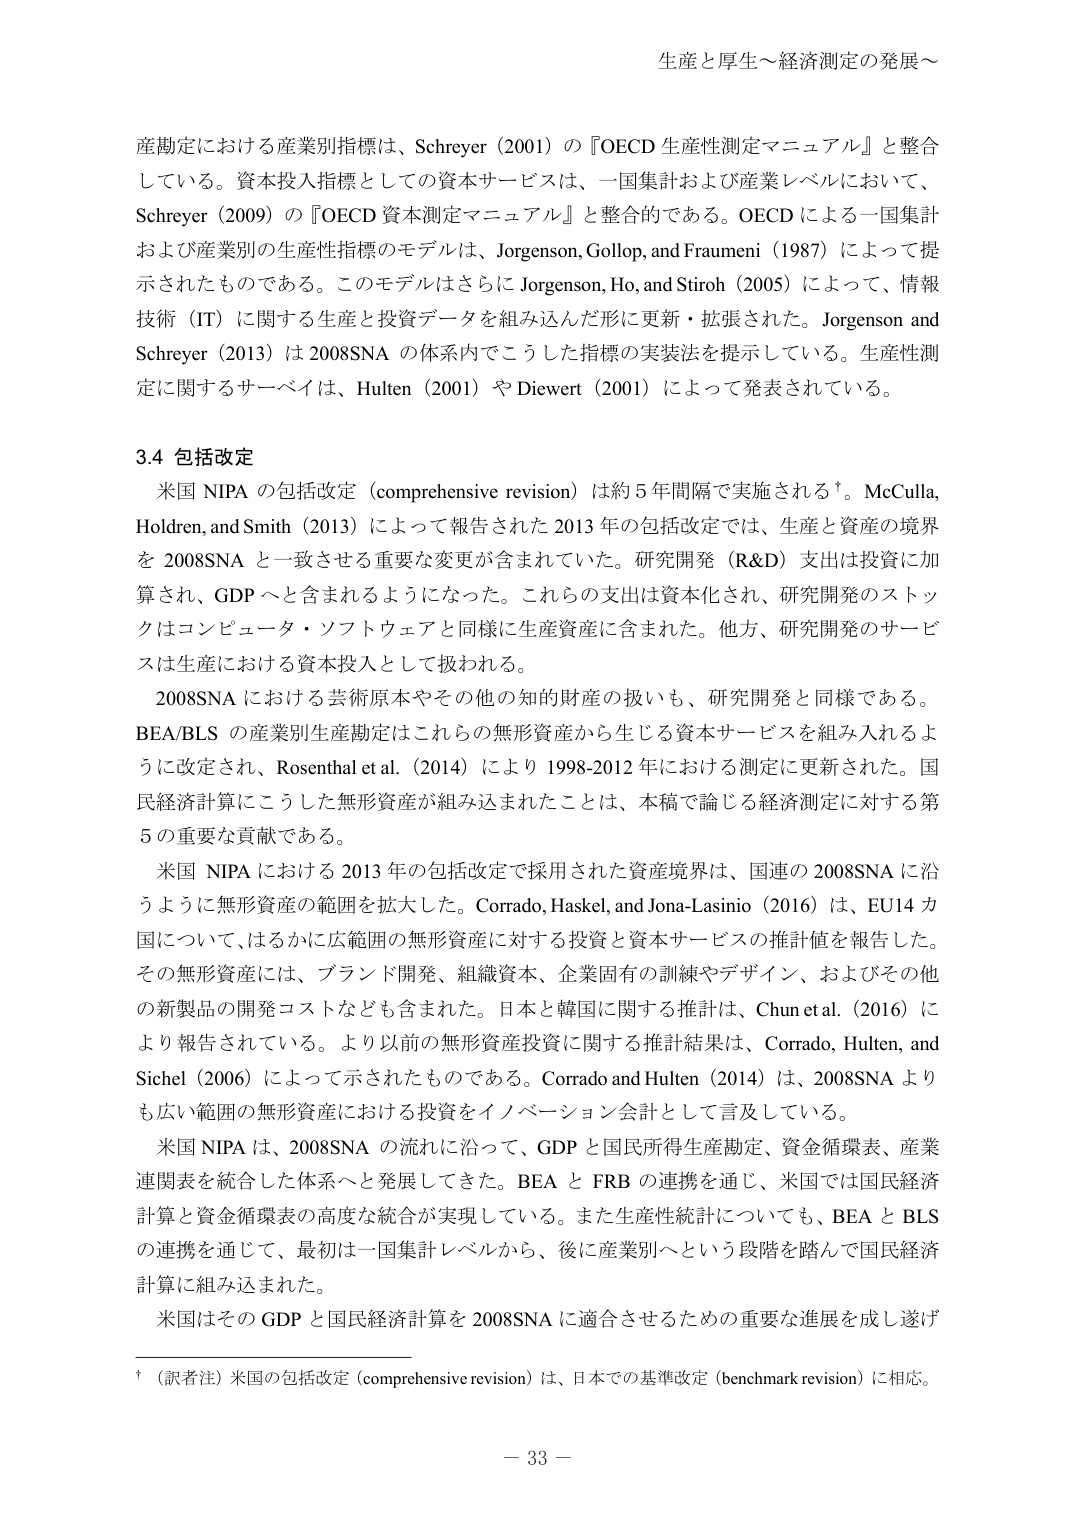
生産と厚生～経済測定の発展～

産測定における産業別指標は、Schreyer (2001) の『OECD 生産性測定マニュアル』と整合している。資本投入指標としての資本サービスは、一国集計および産業レベルにおいて、Schreyer (2009) の『OECD 資本測定マニュアル』と整合的である。OECD による一国集計および産業別の生産性指標のモデルは、Jorgenson, Gollop, and Fraumeni (1987) によって提示されたものである。このモデルはさらに Jorgenson, Ho, and Stiroh (2005) によって、情報技術（IT）に関する生産と投資データを組み込んだ形に更新・拡張された。Jorgenson and Schreyer (2013) は 2008SNA の体系内でこうした指標の実装法を提示している。生産性測定に関するサーベイは、Hulten (2001) や Diewert (2001) によって発表されている。

3.4 包括改定

米国 NIPA の包括改定（comprehensive revision）は約 5 年間隔で実施される†。McCulla, Holdren, and Smith (2013) によって報告された 2013 年の包括改定では、生産と資産の境界を 2008SNA と一致させる重要な変更が含まれていた。研究開発（R&D）支出は投資に加算され、GDP へと含まれるようになった。これらの支出は資本化され、研究開発のストックはコンピュータ・ソフトウェアと同様に生産資産に含まれた。他方、研究開発のサービスは生産における資本投入として扱われる。

2008SNA における芸術原本やその他の知的財産の扱いも、研究開発と同様である。BEA/BLS の産業別生産勘定はこれらの無形資産から生じる資本サービスを組み入れるように改定され、Rosenthal et al. (2014) により 1998-2012 年における測定に更新された。国民経済計算にこうした無形資産が組み込まれたことは、本稿で論じる経済測定に対する第 5 の重要な貢献である。

米国 NIPA における 2013 年の包括改定で採用された資産境界は、国連の 2008SNA に沿うように無形資産の範囲を拡大した。Corrado, Haskel, and Jona-Lasinio (2016) は、EU14 カ国について、はるかに広範囲の無形資産に対する投資と資本サービスの推計値を報告した。その無形資産には、ブランド開発、組織資本、企業固有の訓練やデザイン、およびその他の新製品の開発コストなども含まれた。日本と韓国に関する推計は、Chun et al. (2016) により報告されている。より以前の無形資産投資に関する推計結果は、Corrado, Hulten, and Sichel (2006) によって示されたものである。Corrado and Hulten (2014) は、2008SNA よりも広い範囲の無形資産における投資をイノベーション会計として言及している。

米国 NIPA は、2008SNA の流れに沿って、GDP と国民所得生産勘定、資金循環表、産業連関表を統合した体系へと発展してきた。BEA と FRB の連携を通じ、米国では国民経済計算と資金循環表の高度な統合が実現している。また生産性統計についても、BEA と BLS の連携を通じて、最初は一国集計レベルから、後に産業別へという段階を踏んで国民経済計算に組み込まれた。

米国はその GDP と国民経済計算を 2008SNA に適合させるための重要な進展を成し遂げ

†（訳者注）米国の包括改定（comprehensive revision）は、日本での基準改定（benchmark revision）に相応。

－ 33 －